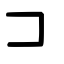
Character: コ